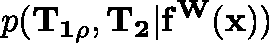
p ( \mathbf { T _ { 1 \rho } } , \mathbf { T _ { 2 } } | \mathbf { f ^ { W } ( x ) } )